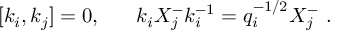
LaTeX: [ k _ { i } , k _ { j } ] = 0 , ~ ~ ~ ~ ~ k _ { i } X _ { j } ^ { - } k _ { i } ^ { - 1 } = q _ { i } ^ { - 1 / 2 } X _ { j } ^ { - } ~ .